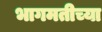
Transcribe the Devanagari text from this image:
भागमतीच्या